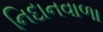
નિદાનવાળા